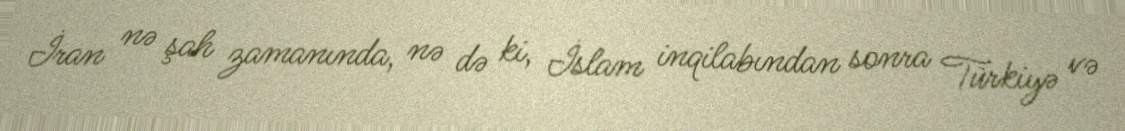
İran nə şah zamanında, nə də ki, İslam inqilabından sonra Türkiyə və